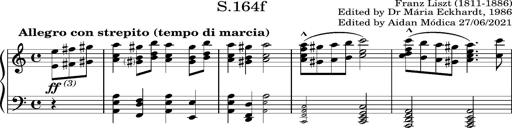
Title: Album-Leaf 'RÃ¡kÃ³czi-Marsch', S.164f
Composer: Franz Liszt
Key: A minor